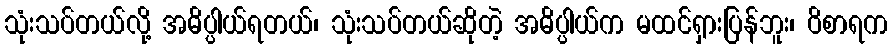
သုံးသပ်တယ်လို့ အဓိပ္ပါယ်ရတယ်၊ သုံးသပ်တယ်ဆိုတဲ့ အဓိပ္ပါယ်က မထင်ရှားပြန်ဘူး၊ ဝိစာရက